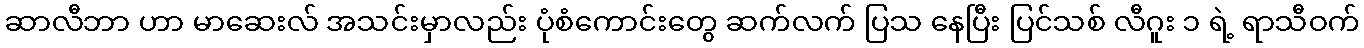
ဆာလီဘာ ဟာ မာဆေးလ် အသင်းမှာလည်း ပုံစံကောင်းတွေ ဆက်လက် ပြသ နေပြီး ပြင်သစ် လီဂူး ၁ ရဲ့ ရာသီဝက်